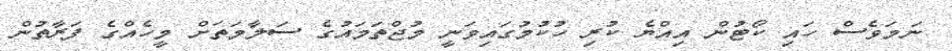
ނަމަވެސް ހައި ކޯޓުން އިއްޔެ ކުރި ހުކުމުގައިވަނީ މުޖްތަމައުގެ ސަލާމަތަށް މީހެއްގެ ފަރާތުން